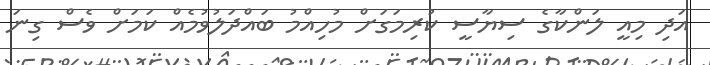
އަދި މިއީ ލަންކާގެ ސިޔާސީ ކުރިމަގަށް މުހިއްމު ބައްދަލުވުމެއް ކަމަށް ވެސް ގިނަ